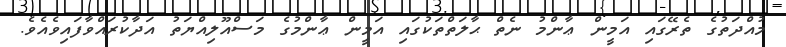
މުއްދަތުގެ ތެރޭގައި އަމީން ޢާންމު ނެތް ޙާލަތްތަކުގައި އަމީން ޢާންމުގެ މަސްއޫލިއްޔަތު އަދާކުރައްވާފައިވެއެވެ.